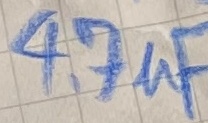
Text: 4,7µF